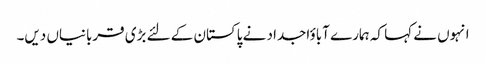
انہوں نے کہا کہ ہمارے آباؤاجداد نے پاکستان کے لئے بڑی قربانیاں دیں۔